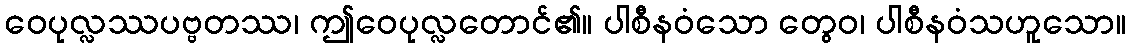
ဝေပုလ္လဿပဗ္ဗတဿ၊ ဤဝေပုလ္လတောင်၏။ ပါစီနဝံသော တွေဝ၊ ပါစီနဝံသဟူသော။